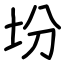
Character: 坋